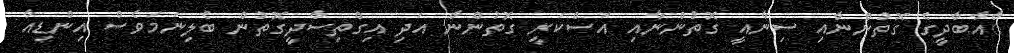
ާއާބާދީގެ ގޮތުންނާއި ސިނާއީ ގޮތުންނާއި އަސްކަރީ ގޮތުންނާ އަދި އިގްތިސާދީގޮތުން ބެލިނަމަވެސް އިންޑިއާ